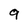
Character: 9